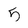
Character: 5